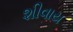
શીવાય